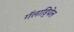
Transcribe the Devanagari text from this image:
गॅलाड्रियेल